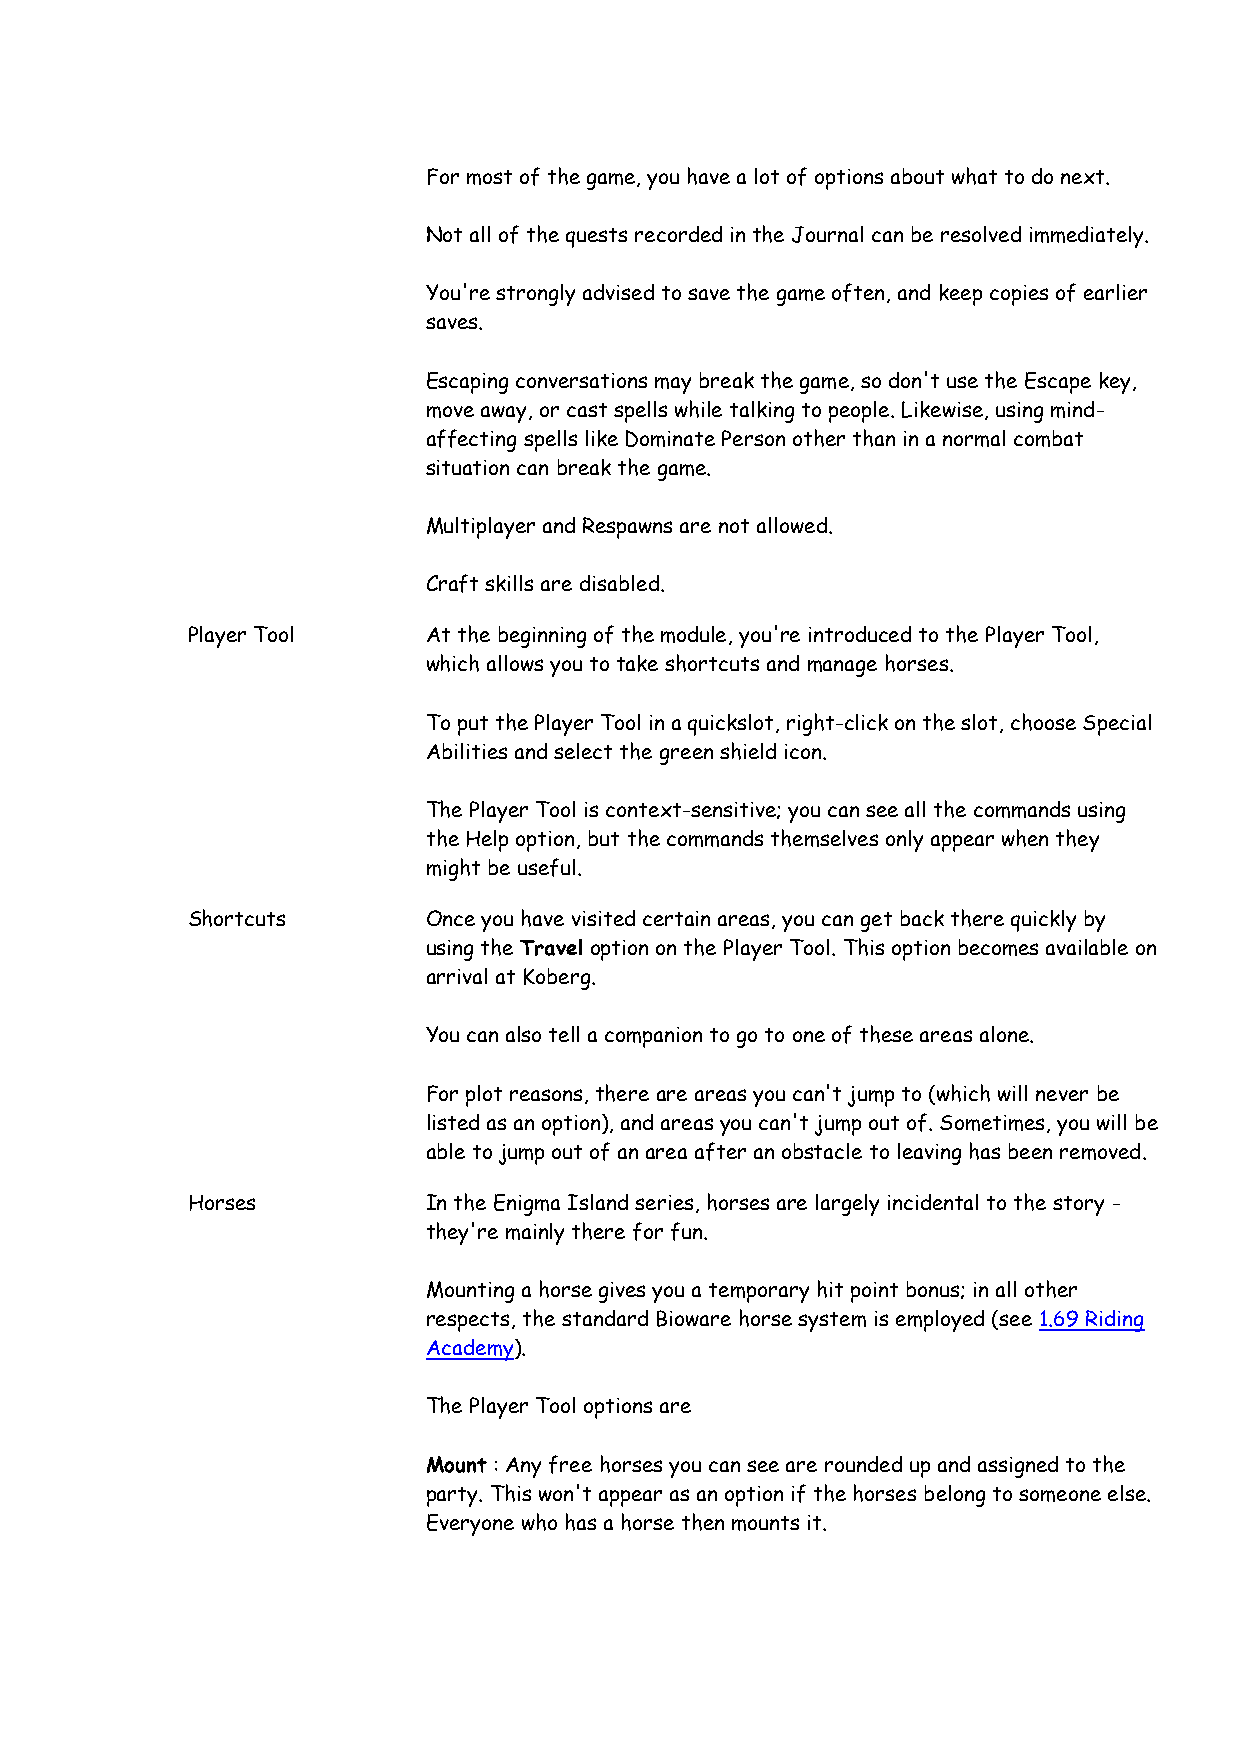
For most of the game, you have a lot of options about what to do next.
 Not all of the quests recorded in the Journal can be resolved immediately.
 You're strongly advised to save the game often, and keep copies of earlier
 saves.
 Escaping conversations may break the game, so don't use the Escape key,
 move away, or cast spells while talking to people. Likewise, using mind-
 affecting spells like Dominate Person other than in a normal combat
 situation can break the game.
 Multiplayer and Respawns are not allowed.
 Craft skills are disabled.
 Player Tool     At the beginning of the module, you're introduced to the Player Tool,
 which allows you to take shortcuts and manage horses.
 To put the Player Tool in a quickslot, right-click on the slot, choose Special
 Abilities and select the green shield icon.
 The Player Tool is context-sensitive; you can see all the commands using
 the Help option, but the commands themselves only appear when they
 might be useful.
 Shortcuts       Once you have visited certain areas, you can get back there quickly by
 using the Travel option on the Player Tool. This option becomes available on
 arrival at Koberg.
 You can also tell a companion to go to one of these areas alone.
 For plot reasons, there are areas you can't jump to (which will never be
 listed as an option), and areas you can't jump out of. Sometimes, you will be
 able to jump out of an area after an obstacle to leaving has been removed.
 Horses          In the Enigma Island series, horses are largely incidental to the story -
 they're mainly there for fun.
 Mounting a horse gives you a temporary hit point bonus; in all other
 respects, the standard Bioware horse system is employed (see 1.69 Riding
 Academy).
 The Player Tool options are
 Mount : Any free horses you can see are rounded up and assigned to the
 party. This won't appear as an option if the horses belong to someone else.
 Everyone who has a horse then mounts it.